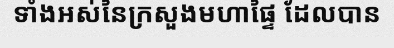
ទាំងអស់នៃក្រសួងមហាផ្ទៃ ដែលបាន